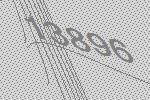
13896